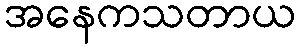
အနေကသတာယ